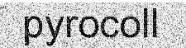
pyrocoll